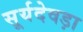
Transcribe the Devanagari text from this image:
सूर्यदेवड़ा